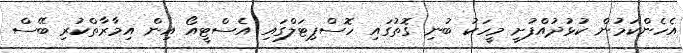
އެހެންކަމުން ކުޅުދުއްފުށީ މީހަކު ބުނި ގޮތުގައި ހޮސްޕިޓަލްގައި އެސްޓީއޯ އިން އިމާރާތްކުރި ބޭސް